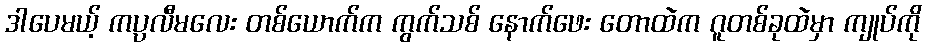
ဒါပေမယ့် ကပ္ပလီမလေး တစ်ယောက်က ကွက်သစ် နောက်ဖေး တောထဲက ဂူတစ်ခုထဲမှာ ကျုပ်ကို